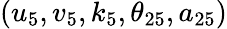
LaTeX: (u_{5},v_{5},k_{5},\theta_{25},a_{25})